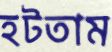
হটতাম